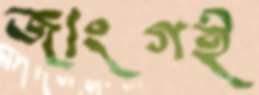
জাংগই